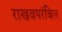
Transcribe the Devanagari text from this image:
राखवपरंबिल